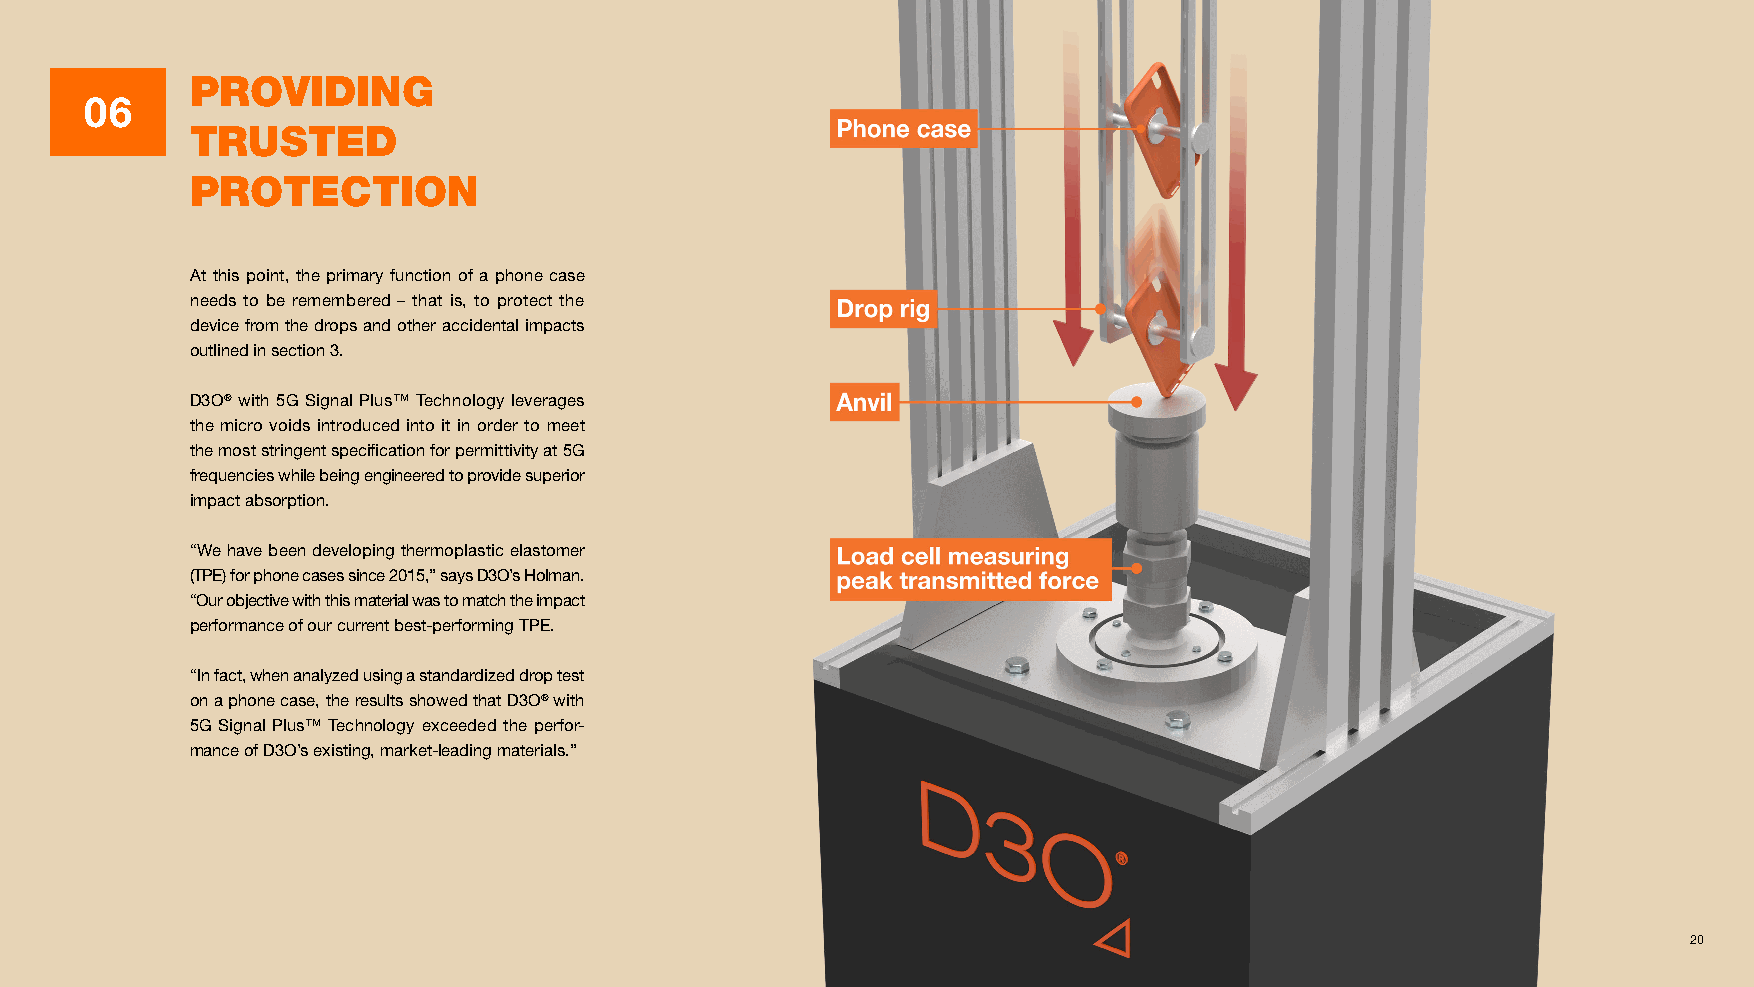
PROVIDING
 06
 TRUSTED
 PROTECTION
 At this point, the primary function of a phone case
 needs to be remembered – that is, to protect the
 device from the drops and other accidental impacts
 outlined in section 3.
 D3O® with 5G Signal Plus™ Technology leverages
 the micro voids introduced into it in order to meet
 the most stringent specification for permittivity at 5G
 frequencies while being engineered to provide superior
 impact absorption.
 “We have been developing thermoplastic elastomer
 (TPE) for phone cases since 2015,” says D3O’s Holman.
 “Our objective with this material was to match the impact
 performance of our current best-performing TPE.
 “In fact, when analyzed using a standardized drop test
 on a phone case, the results showed that D3O® with
 5G Signal Plus™ Technology exceeded the perfor-
 mance of D3O’s existing, market-leading materials.”
 20                                                                                                           20